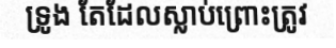
ទ្រូង តែដែលស្លាប់ព្រោះត្រូវ